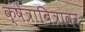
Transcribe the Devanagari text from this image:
क्षेत्राबित्रावर